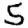
Digit: 5